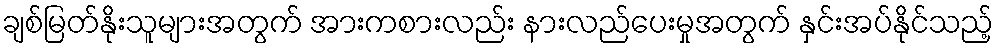
ချစ်မြတ်နိုးသူများအတွက် အားကစားလည်း နားလည်ပေးမှုအတွက် နှင်းအပ်နိုင်သည့်